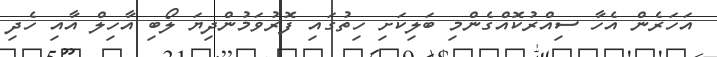
އަހަރެން އެހާ ސިއްރުކޮއްގެންމި ބަލިކަށި ހިތުގައި ފޮރުވަމުންދިޔަ ލޯބި އާހިލް އާއި ހެދި